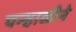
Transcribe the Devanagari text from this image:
पन्हाळीने